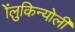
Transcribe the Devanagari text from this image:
ॲलुकिन्योली